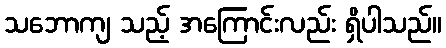
သဘောကျ သည့် အကြောင်းလည်း ရှိပါသည်။